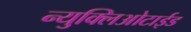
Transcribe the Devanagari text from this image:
न्युक्लिओटाईड